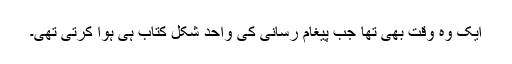
ایک وہ وقت بھی تھا جب پیغام رسانی کی واحد شکل کتاب ہی ہوا کرتی تھی۔